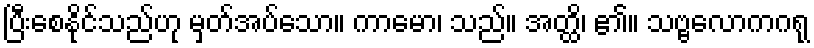
ပြီးစေနိုင်သည်ဟု မှတ်အပ်သော။ ကာမော၊ သည်။ အတ္ထိ၊ ၏။ သဗ္ဗလောကဂရု